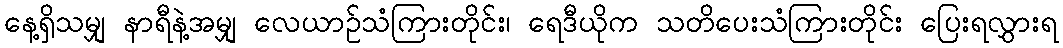
နေ့ရှိသမျှ နာရီနဲ့အမျှ လေယာဉ်သံကြားတိုင်း၊ ရေဒီယိုက သတိပေးသံကြားတိုင်း ပြေးရလွှားရ